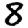
Digit: 8